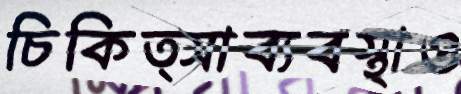
চিকিত্সাব্যবস্থাও